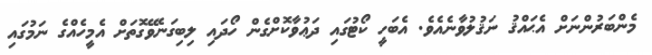
މެންބަރުންނަށް އެޙައްޤު ނަޤުލުވާނެއެވެ. އެބަހީ ކޯޓުގައި ދަޢުވާކޮށްގެން ހޯދައި ލިބިގަނެވޭގޮތަށް އެމީހެއްގެ ނަމުގައި